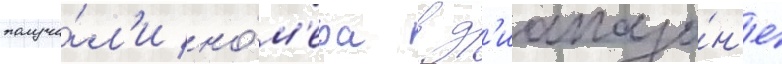
получи́л'и но́м'ера в д'иапазо́н'е